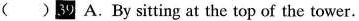
( )39 A.By sitting at the top of the tower.